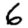
Digit: 6